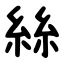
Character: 絲